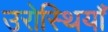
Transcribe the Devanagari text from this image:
उरोस्थियाँ